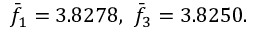
\bar { f } _ { 1 } = 3 . 8 2 7 8 , \ \bar { f } _ { 3 } = 3 . 8 2 5 0 .